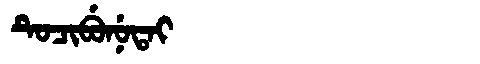
Manchu: ᡨᡠᠴᡳᠪᡠᠨᡠᡨᠠᡳ
Romanization: TUCIBUNUTAI